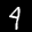
Label: 4